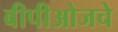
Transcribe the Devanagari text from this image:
बीपीओजचे